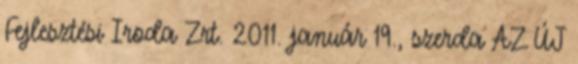
Fejlesztési Iroda Zrt. 2011. január 19., szerda AZ ÚJ